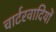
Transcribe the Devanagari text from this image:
चार्टरवादियों